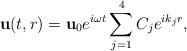
LaTeX: \begin{align*}{\bf u}(t,r)={\bf u}_0 e^{i\omega t}\sum\limits_{j=1}^{4}C_j e^{i k_j r},\end{align*}